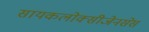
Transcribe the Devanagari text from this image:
सायकलोक्सीजेनसेस